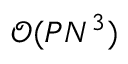
\mathcal { O } ( P N ^ { 3 } )